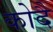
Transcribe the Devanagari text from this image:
कोदै